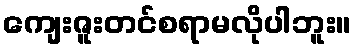
ကျေးဇူးတင်စရာမလိုပါဘူး။